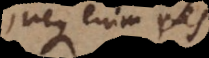
neque enim res